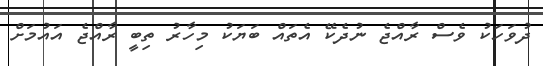
ދުވަހަކު ވެސް ރާއްޖެ ނުދެކޭ އެތައް ބަޔަކު މިހާރު ތިބީ ރާއްޖެ އައުމަށް